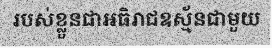
របស់ខ្លួនជាអធិរាជឧស្ម័នជាមួយ